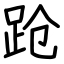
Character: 跄